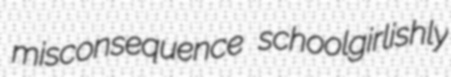
misconsequence schoolgirlishly